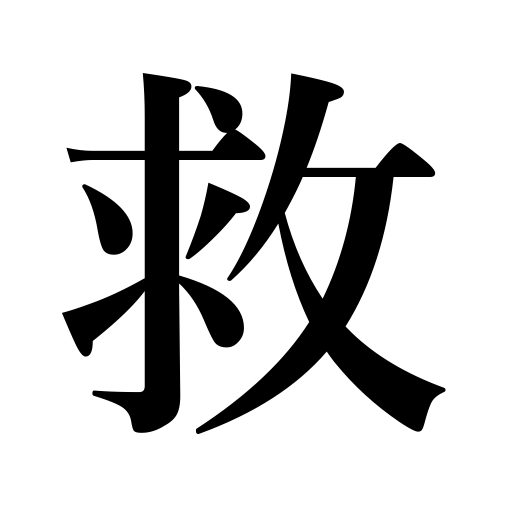
Meanings: relieve suffering,redeem,rescue,reclaim,help,save